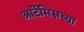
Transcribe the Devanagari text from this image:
आर्टेमिसच्या